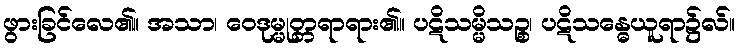
ဖွားခြင်လေ၏။ အသာ၊ ဝေဒုမ္မုတ္တရာရား၏။ ပဋိသမ္မိသဉ္စ၊ ပဋိသန္ဓေယူရာ၌လ်။